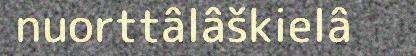
nuorttâlâškielâ